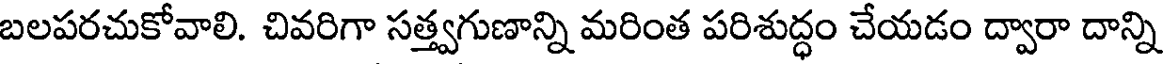
బలపరచుకోవాలి. చివరిగా సత్త్వగుణాన్ని మరింత పరిశుద్ధం చేయడం ద్వారా దాన్ని